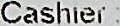
CASHIER :